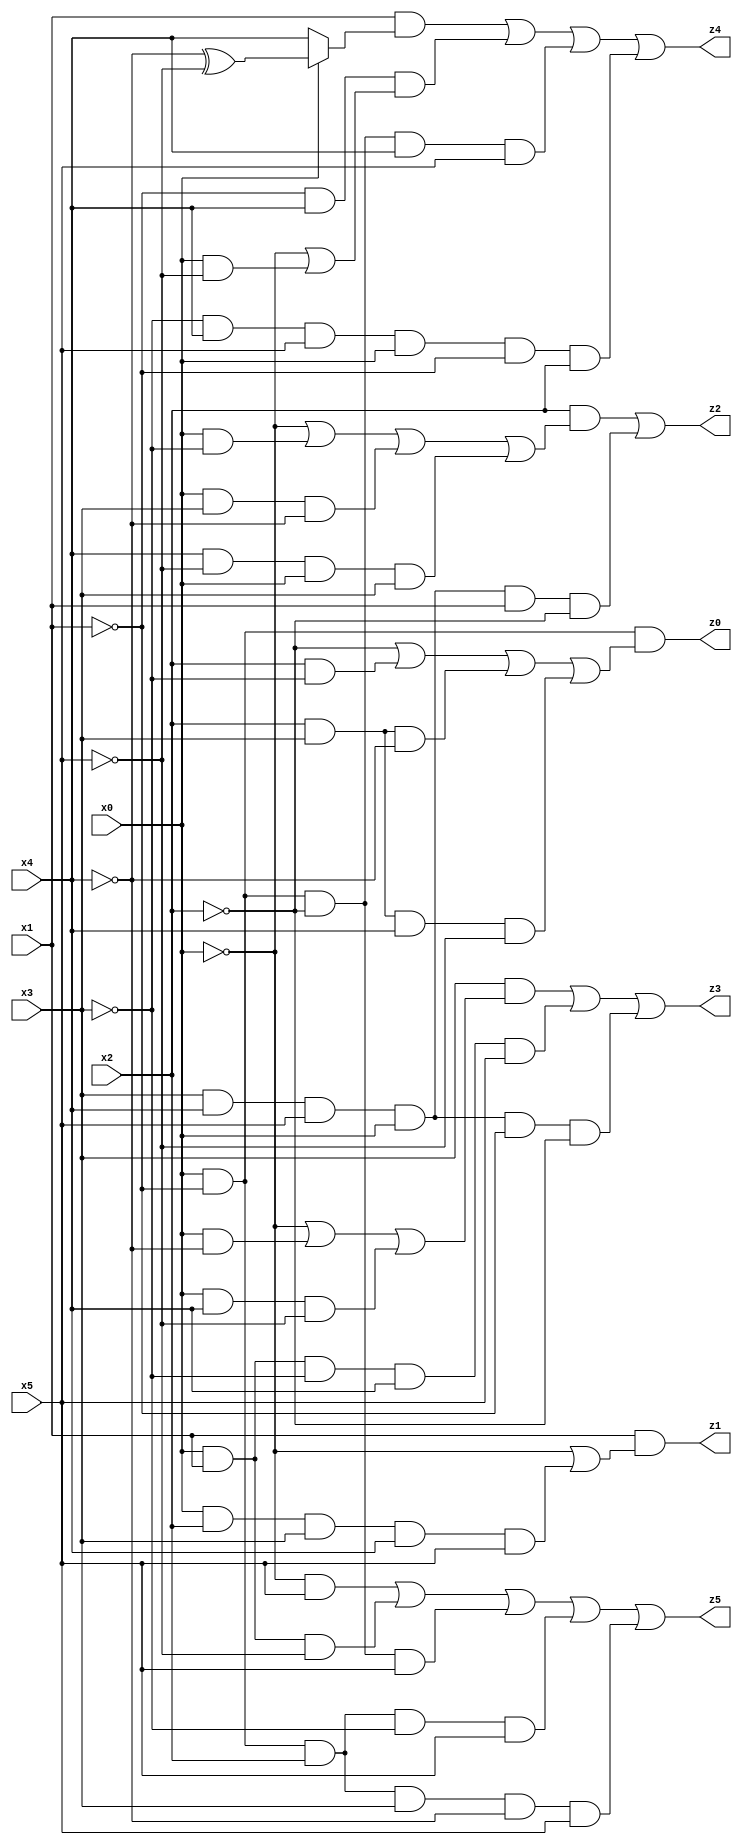
// Benchmark "X_24" written by ABC on Thu Jun 29 04:08:25 2023

module X_24 ( 
    x0, x1, x2, x3, x4, x5,
    z0, z1, z2, z3, z4, z5  );
  input  x0, x1, x2, x3, x4, x5;
  output z0, z1, z2, z3, z4, z5;
  assign z0 = x0 & ~x1 & (~x2 | (x2 & ~x3) | (x2 & x3 & ~x4) | (x2 & x3 & x4 & ~x5));
  assign z1 = x1 & (~x0 | (x0 & x2 & x3 & x4 & x5));
  assign z2 = (x2 & (~x0 | (x0 & ~x3) | (x0 & x3 & ~x4) | (x4 & ~x5 & x0 & x3))) | (x3 & x4 & x5 & x0 & x1 & ~x2);
  assign z3 = (x3 & (~x0 | (x0 & ~x4) | (x0 & x4 & ~x5))) | (x0 & x1 & ~x3 & x4 & x5) | (x3 & x4 & x5 & x0 & ~x1 & ~x2);
  assign z4 = (x1 & (x0 ? (~x4 ^ ~x5) : x4)) | (~x1 & x4 & (~x0 | (x0 & ~x5))) | (x0 & ~x1 & ~x2 & x4 & x5) | (~x3 & x4 & x5 & x0 & ~x1 & x2);
  assign z5 = (~x0 & x5) | (x0 & x1 & ~x5) | (x0 & ~x1 & ~x2 & x5) | (x0 & ~x1 & x2 & ~x3 & x5) | (x0 & ~x1 & x2 & x3 & ~x4 & x5);
endmodule